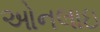
ઓનલાઇ